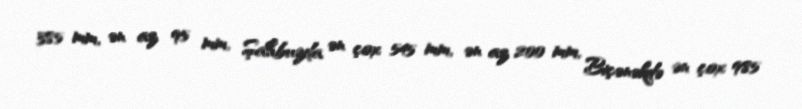
385 mm, ən az 95 mm, Şahbuzda ən çox 545 mm, ən az 200 mm, Biçənəkdə ən çox 985